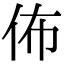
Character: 佈